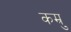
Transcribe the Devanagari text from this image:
कम्रु